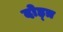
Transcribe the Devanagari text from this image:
दोह्त्र